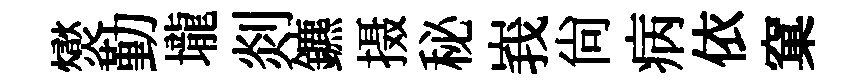
爕勤壠剡鑣摄秘峩尚病依窠